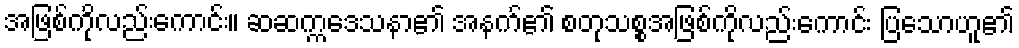
အဖြစ်ကိုလည်းကောင်း။ ဆဆက္ကဒေသနာ၏ အနက်၏ စတုသစ္စအဖြစ်ကိုလည်းကောင်း ပြသောဟူ၏